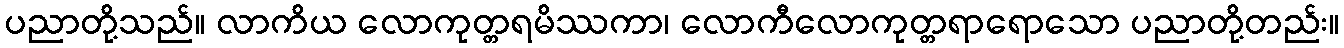
ပညာတို့သည်။ လာကိယ လောကုတ္တရမိဿကာ၊ လောကီလောကုတ္တရာရောသော ပညာတို့တည်း။